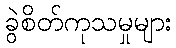
ခွဲစိတ်ကုသမှုများ